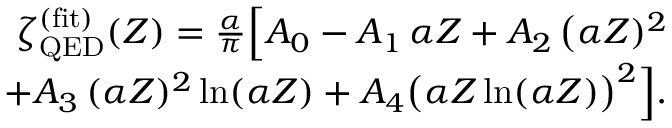
\begin{array} { r l r } & { } & { \zeta _ { \mathrm { Q E D } } ^ { \mathrm { ( f i t ) } } ( Z ) = \frac { \alpha } { \pi } \Big [ A _ { 0 } - A _ { 1 } \, \alpha Z + A _ { 2 } \, \big ( \alpha Z ) ^ { 2 } } \\ & { } & { ~ ~ ~ ~ ~ + A _ { 3 } \, ( \alpha Z ) ^ { 2 } \ln ( \alpha Z ) + A _ { 4 } \big ( \alpha Z \ln ( \alpha Z ) \big ) ^ { 2 } \Big ] . } \end{array}